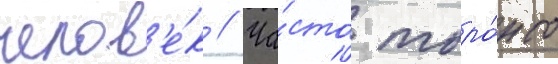
челов'е́к // Ча́сто торо́нто